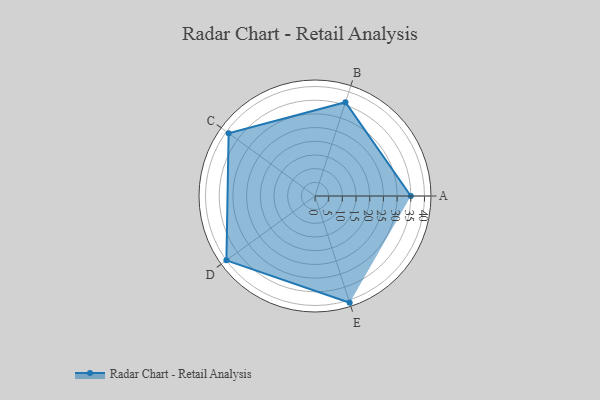
{"axis": {"x": "Skill", "y": "Score"}, "legend": ["Profile"], "data": [{"x": "A", "y": 35.0, "type": "Profile"}, {"x": "B", "y": 36.0, "type": "Profile"}, {"x": "C", "y": 39.0, "type": "Profile"}, {"x": "D", "y": 40.0, "type": "Profile"}, {"x": "E", "y": 41.0, "type": "Profile"}]}